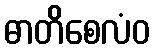
ဓာတိစေလံဝ